Indian journal of veterinary science and animal husbandry - Volumes 22-23, 1952-1953
Year: 1952
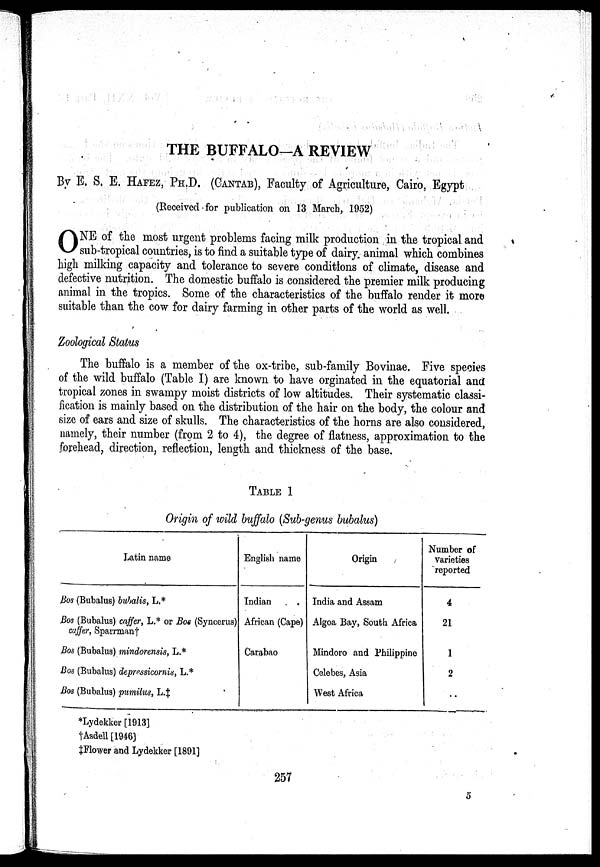
THE BUFFALO—A REVIEW
By E. S. E. HAFEZ, PH.D. (CANTAB), Faculty of Agriculture, Cairo, Egypt
(Received - for publication on 13 March, 1952)
O NE of the most urgent problems facing milk production in the tropical and
sub-tropical countries, is to find a suitable type of dairy. animal which combines
high milking capacity and tolerance to severe conditions of climate, disease and
defective nutrition. The domestic buffalo is considered the premier milk producing
animal in the tropics. Some of the characteristics of the buffalo render it more
suitable than the cow for dairy farming in other parts of the world as well.
Zoological Status
The buffalo is a member of the ox-tribe, sub-family Bovinae. Five species
of the wild buffalo (Table I) are known to have orginated in the equatorial and
tropical zones in swampy moist districts of low altitudes. Their systematic classi-
fication is mainly based on the distribution of the hair on the body, the colour and
size of ears and size of skulls. The characteristics of the horns are also considered,
namely, their number (from 2 to 4), the degree of flatness, approximation to the
forehead, direction, reflection, length and thickness of the base.
TABLE 1
Origin of wild buffalo (Sub-genus bubalus)
Latin name
Bos (Bubalus) bubalis, L.*
Bos (Bubalus) caffer, L.* or Bos (Syncerus)
caffer, Sparrman†
Bos (Bubalus) mindorensis, L.*
Bos (Bubalus) depressicornis, L.*
Bos (Bubalus) pumilus, L.‡
English name
Indian
African (Cape)
Carabao
Origin
India and Assam
Algoa Bay, South Africa
Mindoro and Philippine
Celebes, Asia
West Africa
Number of
varieties
reported
4
21
1
2
..
*Lydekker [1913]
† Asdell [1946]
‡ Flower and Lydekker [1891]
257
5